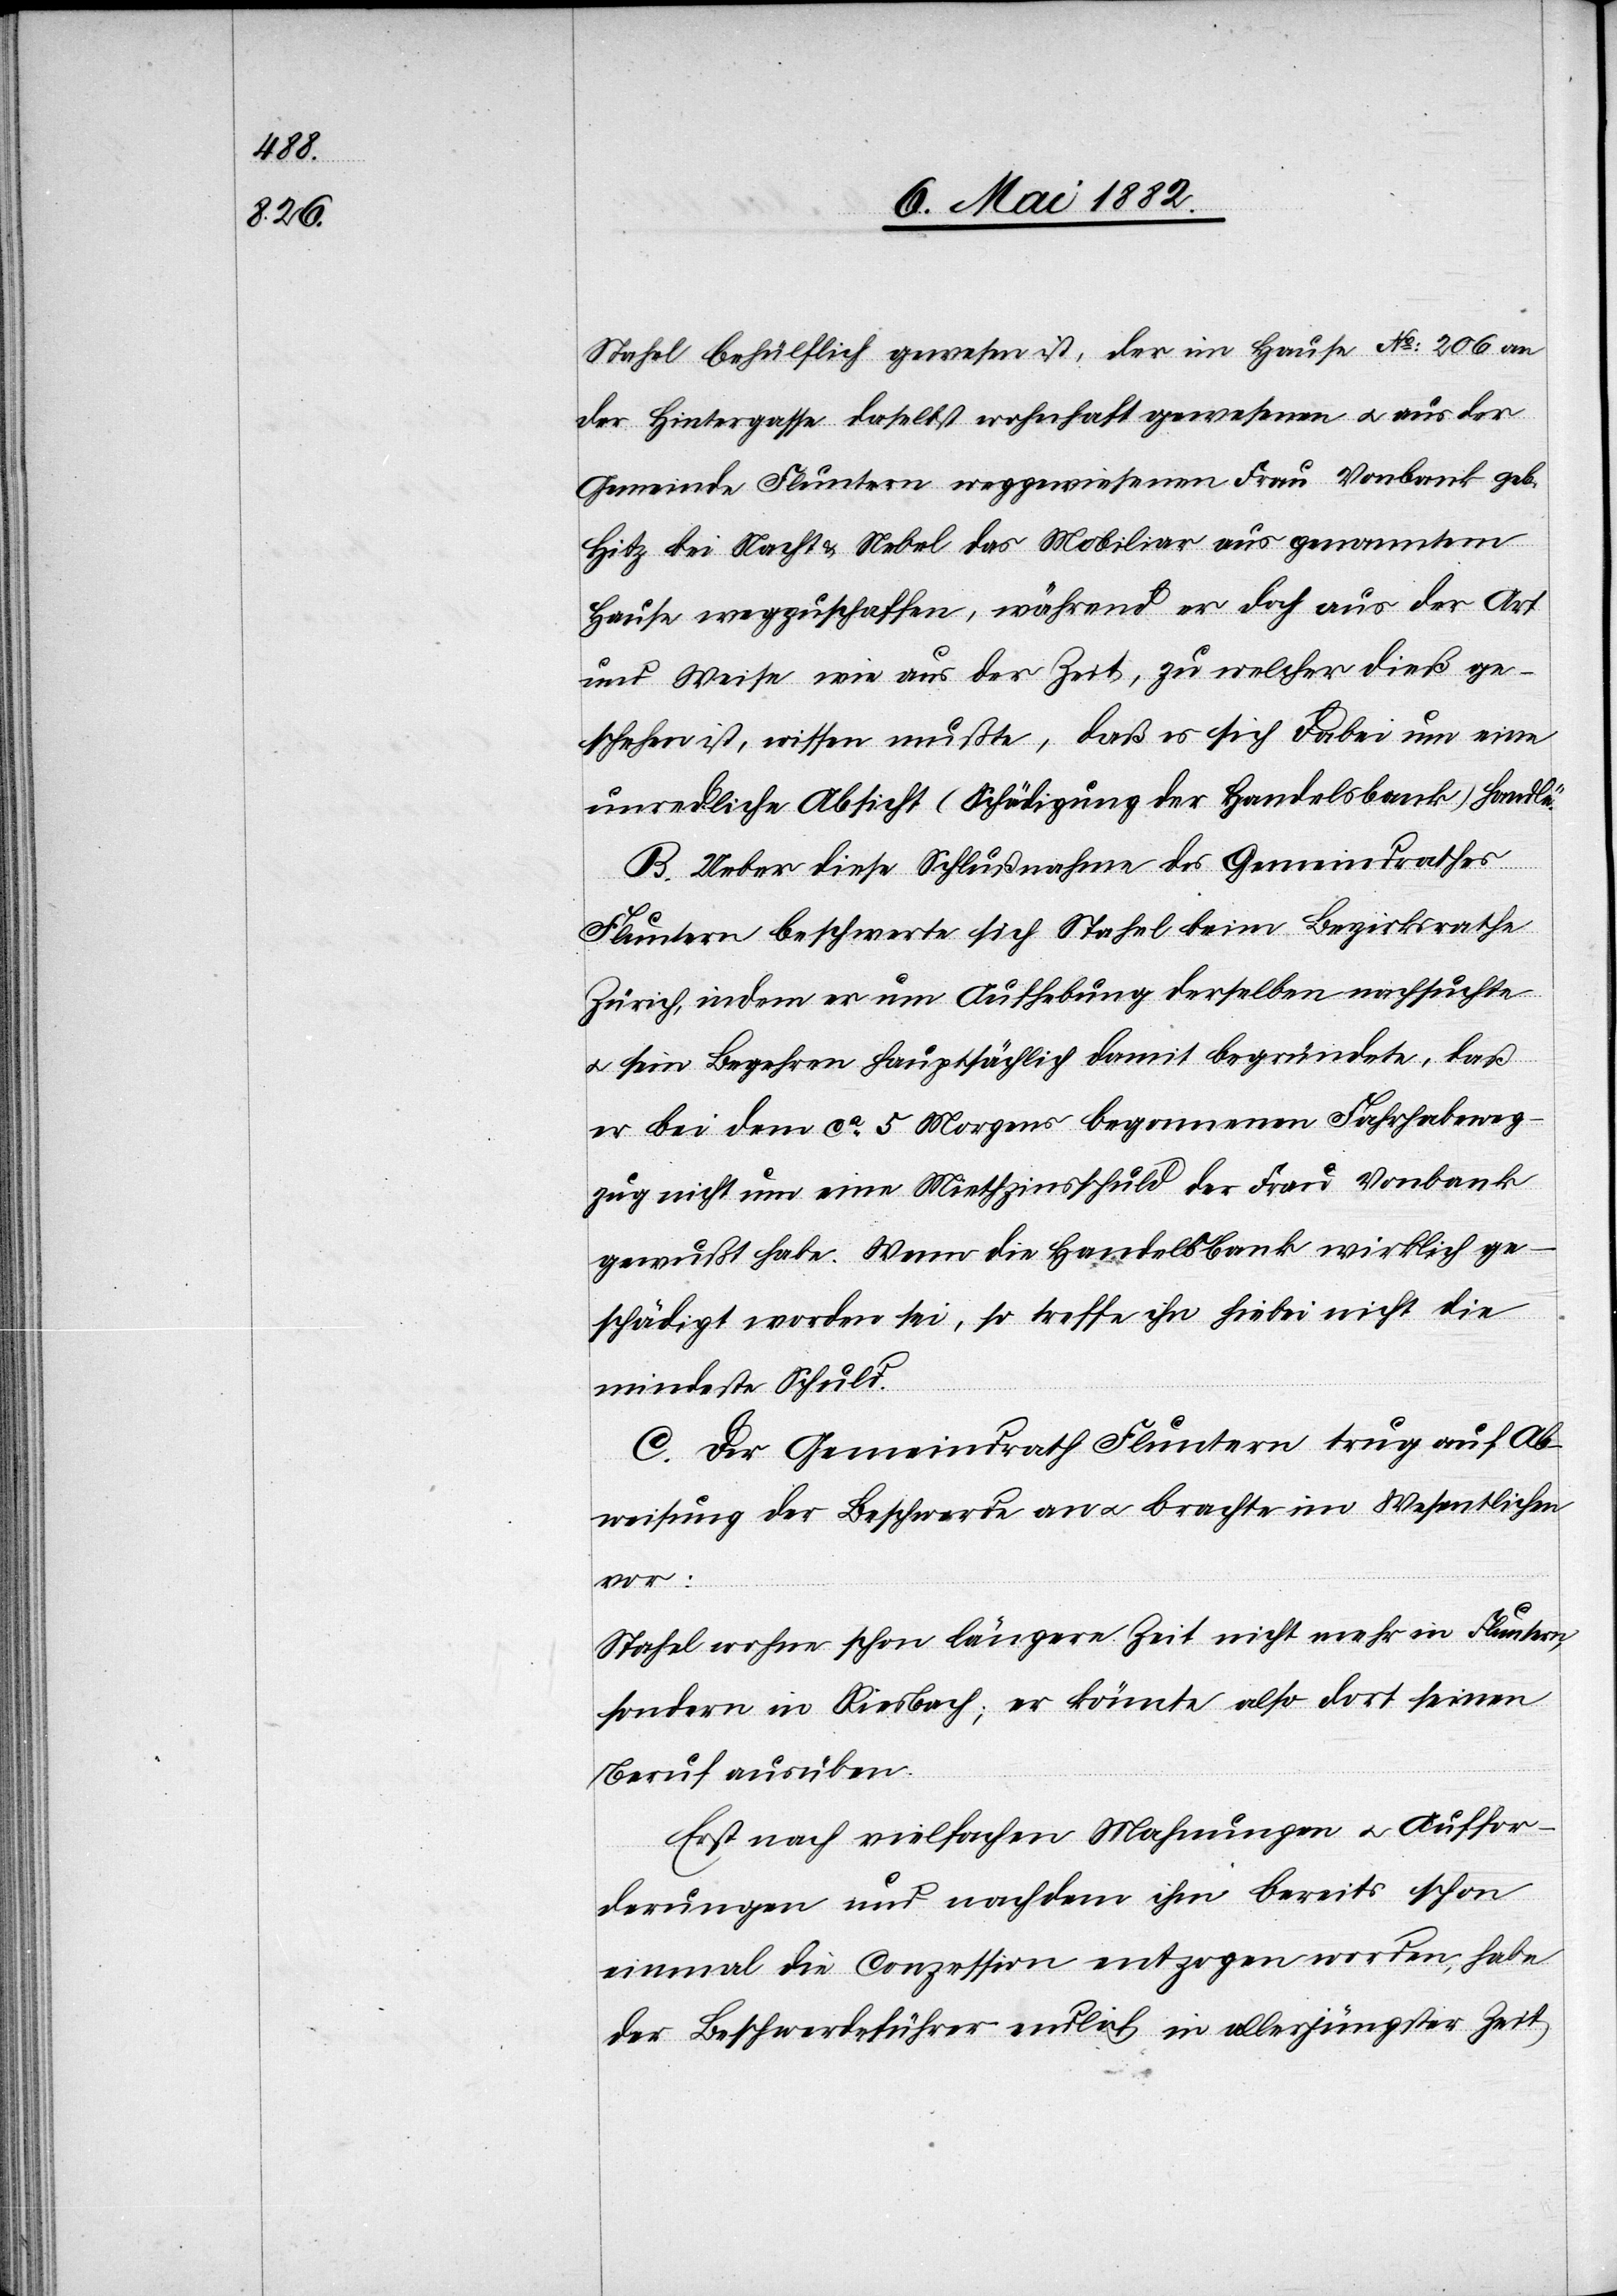
Stahel behülflich gewesen ist, der im Hause No 206 an
der Hintergasse daselbst wohnhaft gewesenen u. aus der
Gemeinde Fluntern weggewiesenen Frau Vonbank geb.
Hitz bei Nacht & Nebel das Mobiliar aus genanntem
Hause wegzuschaffen, während er doch aus der Art
und Weise wie aus der Zeit, zu welcher dieß ge¬
schehen ist, wissen mußte, daß es sich dabei um eine
unredliche Absicht (Schädigung der Handelsbank) handle.
B. Ueber diese Schlußnahme des Gemeindrathes
Fluntern beschwerte sich Stahel beim Bezirksrathe
Zürich, indem er um Aufhebung derselben nachsuchte
u. sein Begehren hauptsächlich damit begründete, daß
er bei dem ca 5 Morgens begonnenen Fahrhabeweg¬
zug nicht um eine Miethzinsschuld der Frau Vonbank
gewußt habe. Wenn die Handelsbank wirklich ge¬
schädigt worden sei, so treffe ihn hiebei nicht die
mindeste Schuld.
C. Der Gemeindrath Fluntern trug auf Ab¬
weisung der Beschwerde an u. brachte im Wesentlichen
vor:
Stahel wohne schon längere Zeit nicht mehr in Fluntern,
sondern in Riesbach; er könnte also dort seinen
Beruf ausüben.
Erst nach vielfachen Mahnungen u. Auffor¬
derungen und nachdem ihm bereits schon
einmal die Conzession entzogen worden, habe
der Beschwerdeführer endlich in allerjüngster Zeit